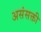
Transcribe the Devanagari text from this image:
असंसक्ती